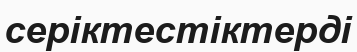
серіктестіктерді